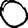
Digit: 0